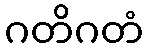
ဂတိဂတံ